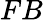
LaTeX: FB